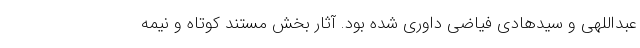
عبداللهی و سیدهادی فیاضی داوری شده بود. آثار بخش مستند کوتاه و نیمه